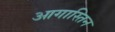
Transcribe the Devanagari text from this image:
आगास्तिन